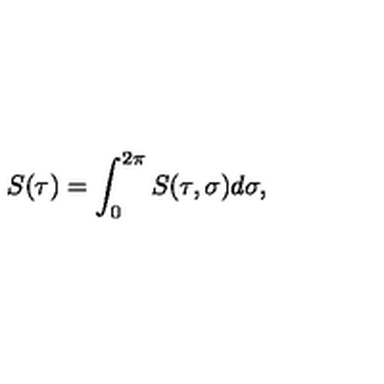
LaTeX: S ( \tau ) = \int _ { 0 } ^ { 2 \pi } S ( \tau , \sigma ) d \sigma ,